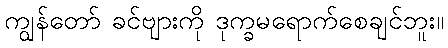
ကျွန်တော် ခင်ဗျားကို ဒုက္ခမရောက်စေချင်ဘူး။